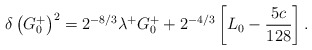
\begin{align*}\delta\left(G^+_0\right)^2=2^{-8/3}\lambda^+ G^+_0+2^{-4/3} \left[L_0-{5c\over128}\right] .\end{align*}